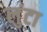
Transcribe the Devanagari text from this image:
लुंटा